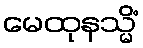
မေထုနသ္မိံ